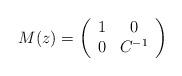
LaTeX: \begin{align*}M(z)=\left(\begin{array}{cc}1 & 0\\0 & C^{-1}\end{array}\right)\end{align*}